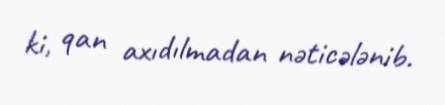
ki, qan axıdılmadan nəticələnib.